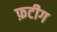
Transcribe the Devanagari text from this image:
फ़टीग